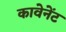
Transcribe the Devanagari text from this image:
कावेनेंट